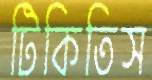
টিকিতিস